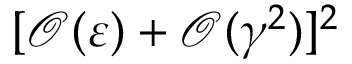
[ \mathcal { O } ( \varepsilon ) + \mathcal { O } ( \gamma ^ { 2 } ) ] ^ { 2 }